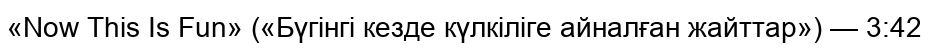
«Now This Is Fun» («Бүгінгі кезде күлкіліге айналған жайттар») — 3:42